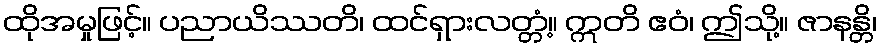
ထိုအမှုဖြင့်။ ပညာယိဿတိ၊ ထင်ရှားလတ္တံ့။ ဣတိ ဧဝံ၊ ဤသို့။ ဇာနန္တိ၊